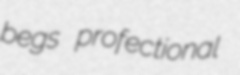
begs profectional